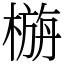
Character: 㮵